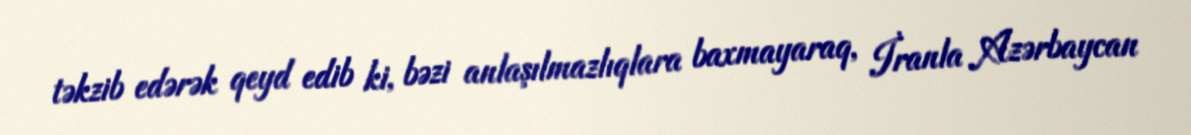
təkzib edərək qeyd edib ki, bəzi anlaşılmazlıqlara baxmayaraq, İranla Azərbaycan